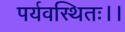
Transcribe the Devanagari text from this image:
पर्यवस्थितः।।